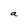
Character: a